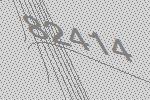
82414